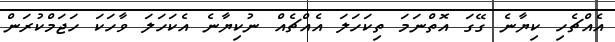
އެއްޗެހި ކިޔާނެ ގޭގަ އޮތްނަމަ ތިކަހަލަ އެއްޗެއް ނުކިޔާނެ އެކަހަލަ ވާހަކަ ހަޖަމްކުރަން